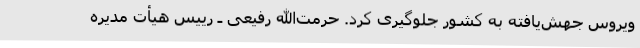
ویروس جهش‌یافته به کشور جلوگیری کرد. حرمت‌الله رفیعی ـ رییس هیأت مدیره